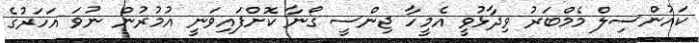
ކައުންސިލް މެމްބަރު ވިދާޅުވީ އެމީހާ ޖިންސީ ގޯނާ ކޮށްފައިވަނީ އުމުރުން ނުވަ އަހަރުގެ